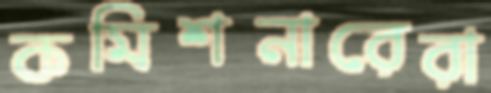
কমিশনারেরা